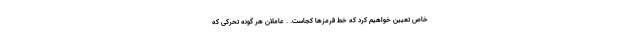
خاص تعیین خواهیم کرد که خط قرمزها کجاست. . عاملان هر گونه تحرکی که